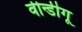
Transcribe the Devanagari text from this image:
वीन्डीगू